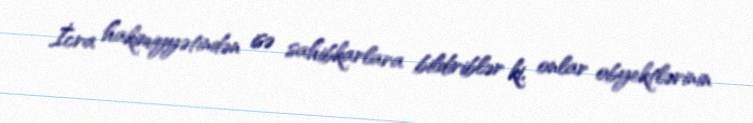
İcra hakimiyyətindən isə sahibkarlara bildiriblər ki, onlar obyektlərinin